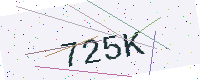
Text: 725K